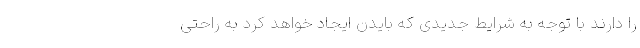
را دارند با توجه به شرایط جدیدی که بایدن ایجاد خواهد کرد به راحتی